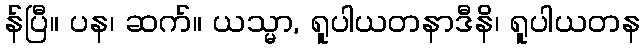
န်ပြီ။ ပန၊ ဆက်။ ယသ္မာ, ရူပါယတနာဒီနိ၊ ရူပါယတန